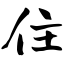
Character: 住